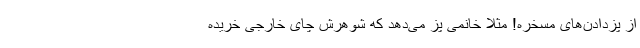
از پزدادن‌های مسخره! مثلا خانمی پز می‌دهد که شوهرش چای خارجی خریده